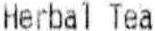
HERBAL TEA